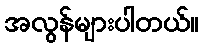
အလွန်များပါတယ်။